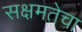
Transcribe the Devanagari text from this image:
सक्षमतेचा